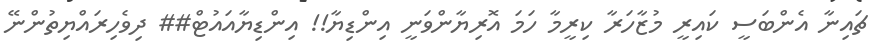
ޗައިނާ އެންބަސީ ކައިރީ މުޒާހަރާ ކިރީމާ ހަމަ އޮރިޔާންވަނީ އިންޑިޔާ!! އިންޑިޔާއައުޓް## ދިވެހިރައްޔިތުންނޭ